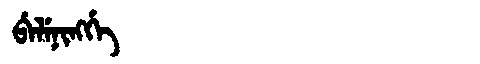
Manchu: ᠪᡝᠯᡝᠨᡳᠩᡤᡝ
Romanization: BELENINGGE